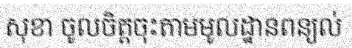
សុខា ចូលចិត្តចុះតាមមូលដ្ឋានពន្យល់